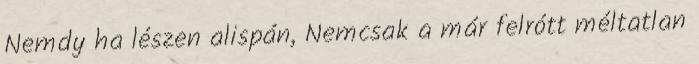
Nemdy ha lészen alispán, Nemcsak a már felrótt méltatlan